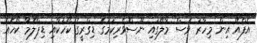
އެފްއޭ އިން މިހާރު ވެސް މާލޭގައި ނޫސްވެރިކަމުގެ ޑިގްރީގެ ކޯހަކާއި ޑިޕްލޮމާ ކޯހެއް